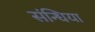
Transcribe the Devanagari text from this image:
संन्धिया